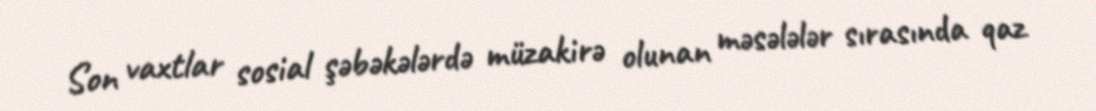
Son vaxtlar sosial şəbəkələrdə müzakirə olunan məsələlər sırasında qaz